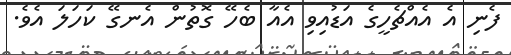
ފެނި އެ އެއްޗެހީގެ އަޑުއިވި އެއާ ބެހޭ ގޮތުން އެނގޭ ކަހަލަ އެވެ.